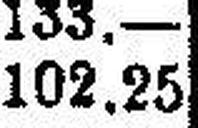
102.25